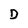
Character: D